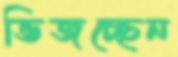
ভিজচ্ছেন